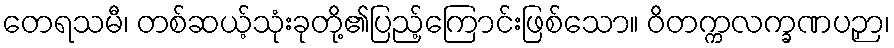
တေရသမီ၊ တစ်ဆယ့်သုံးခုတို့၏ပြည့်ကြောင်းဖြစ်သော။ ဝိတက္ကလက္ခဏပဉှာ၊